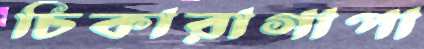
চিকারাগাপা